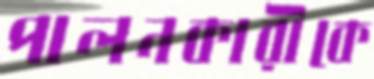
পালনকারীকে